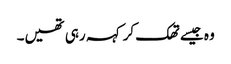
وہ جیسے تھک کر کہہ رہی تھیں۔